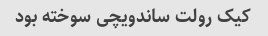
کیک رولت ساندویچی سوخته بود